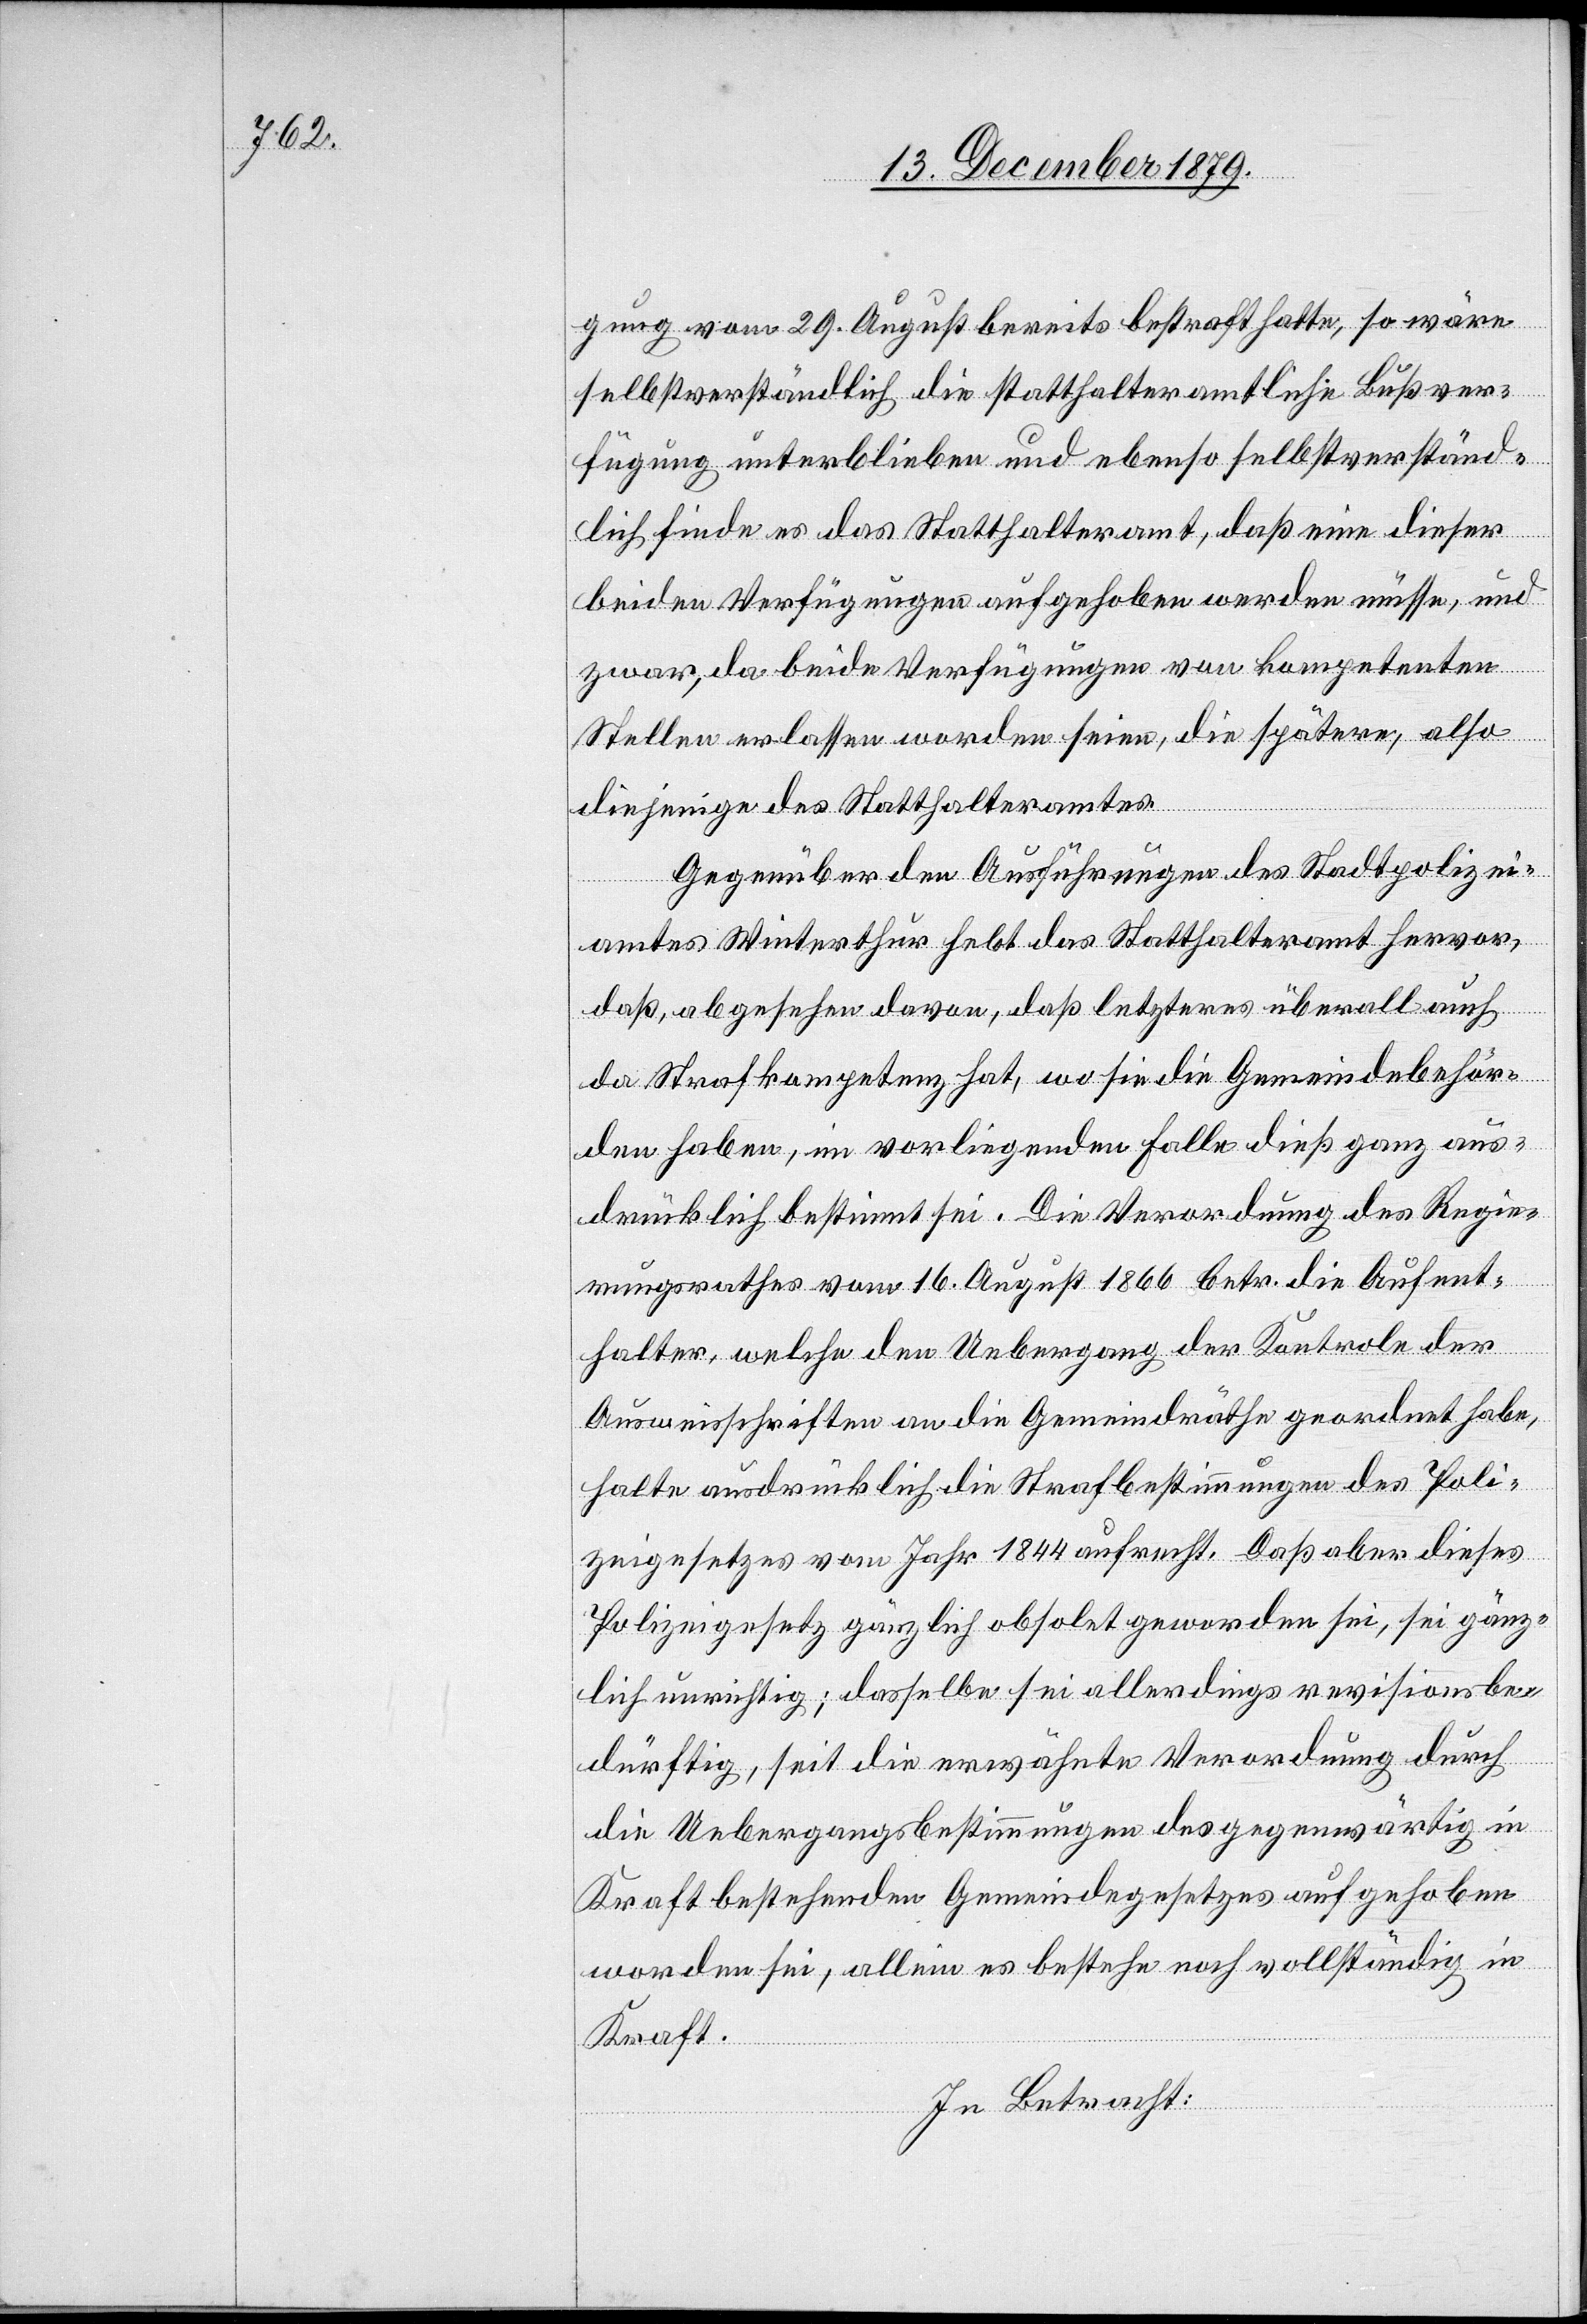
gung vom 29. August bereits bestraft hatte, so wäre
selbstverständlich die statthalteramtliche Bußver¬
fügung unterblieben und ebenso selbstverständ¬
lich finde es das Statthalteramt, daß eine dieser
beiden Verfügungen aufgehoben werden müsste, und
zwar, da beide Verfügungen von kompetenten
Stellen erlassen worden seien, die spätere, also
diejenige des Statthalteramtes.
Gegenüber den Ausführungen des Stadtpolizei¬
amtes Winterthur hebt das Statthalteramt hervor,
daß, abgesehen davon, daß letzteres überall auch
da Strafkompetenz hat, wo sie die Gemeindebehör¬
den haben, im vorliegenden Falle dieß ganz aus¬
drücklich bestimmt sei. Die Verordnung des Regie¬
rungsrathes vom 16. August 1866 betr. die Aufent¬
halter, welche den Uebergang der Kontrole der
Ausweisschriften an die Gemeindräthe geordnet habe,
halte ausdrücklich die Strafbestimmungen des Poli¬
zeigesetzes vom Jahr 1844 aufrecht. Daß aber dieses
Polizeigesetz gänzlich obsolet geworden sei, sei gänz¬
lich unrichtig; dasselbe sei allerdings revisionsbe¬
dürftig, seit die erwähnte Verordnung durch
die Uebergangsbestimmungen des gegenwärtig in
Kraft bestehenden Gemeindegesetzes aufgehoben
worden sei, allein es bestehe noch vollständig in
Kraft.
In Betracht: